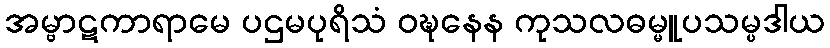
အမ္ဗာဋကာရာမေ ပဌမပုရိသံ ဝဍ္ဎနေန ကုသလဓမ္မူပသမ္ပဒါယ